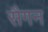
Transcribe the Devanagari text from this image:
सैगन